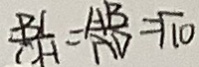
\frac { B C } { C H } = \frac { A B } { A D } = \sqrt { 1 0 }